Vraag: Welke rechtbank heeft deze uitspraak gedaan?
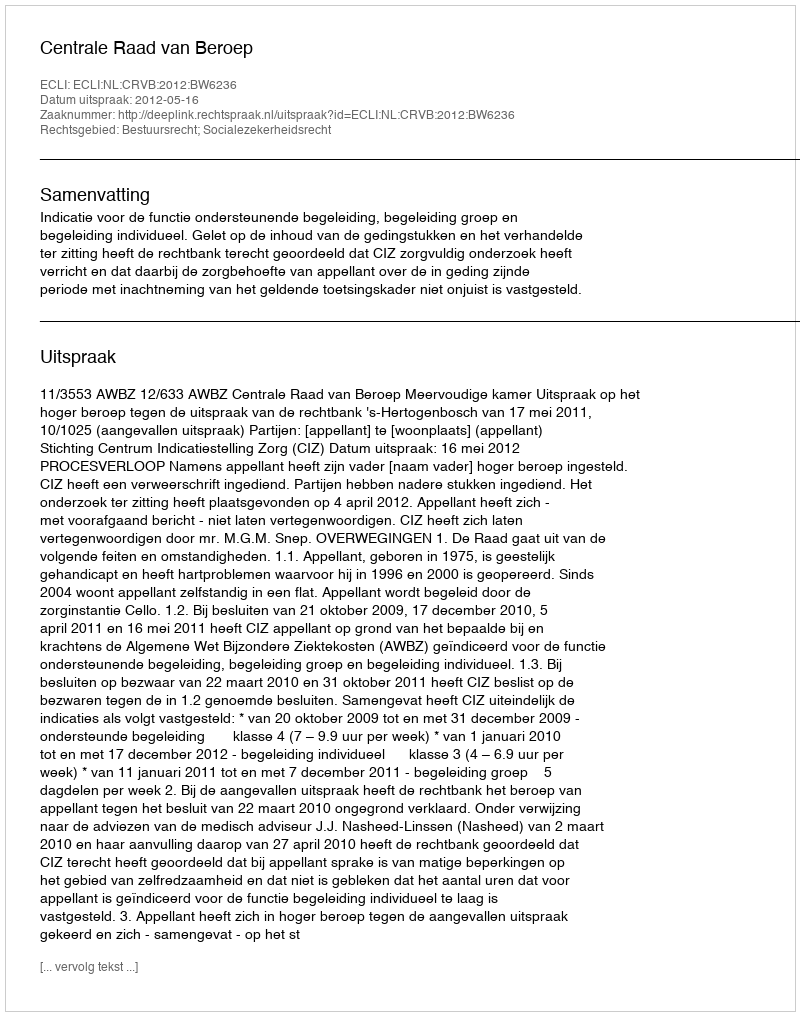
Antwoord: Centrale Raad van Beroep